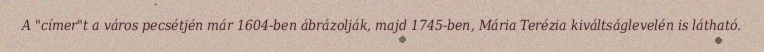
A "címer"t a város pecsétjén már 1604-ben ábrázolják, majd 1745-ben, Mária Terézia kiváltságlevelén is látható.